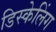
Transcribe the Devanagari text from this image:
डिस्केलिंग